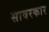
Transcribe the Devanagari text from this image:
सावरकार